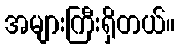
အများကြီးရှိတယ်။